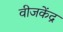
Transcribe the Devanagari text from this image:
वीजकेंद्र